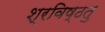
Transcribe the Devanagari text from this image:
श्रविष्ठतु